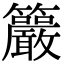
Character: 䉷